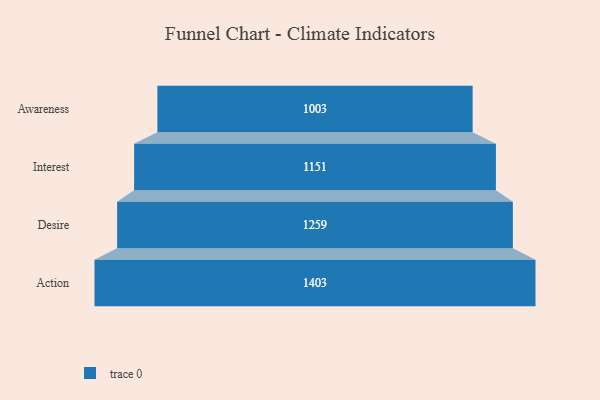
{"axis": {"x": "Stage", "y": "Value"}, "legend": [""], "data": [{"x": "Awareness", "y": 1003.0, "type": ""}, {"x": "Interest", "y": 1151.0, "type": ""}, {"x": "Desire", "y": 1259.0, "type": ""}, {"x": "Action", "y": 1403.0, "type": ""}]}